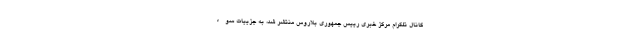
کانال تلگرام مرکز خبری رییس جمهوری بلاروس منتشر شد، به جزییات سوء